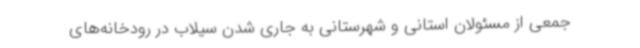
جمعی از مسئولان استانی و شهرستانی به جاری شدن سیلاب در رودخانه‌های